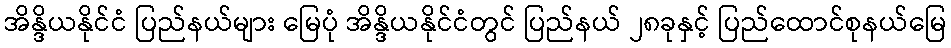
အိန္ဒိယနိုင်ငံ ပြည်နယ်များ မြေပုံ အိန္ဒိယနိုင်ငံတွင် ပြည်နယ် ၂၈ခုနှင့် ပြည်ထောင်စုနယ်မြေ